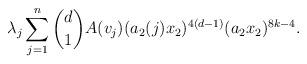
LaTeX: \begin{align*}\displaystyle \lambda_j \sum_{j= 1}^n \binom{d}{1} A (v_j) (a_2(j)x_2)^{4(d-1)}(a_2 x_2)^{8k-4}.\end{align*}